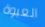
العبوة